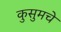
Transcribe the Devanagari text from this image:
कुसुमचे